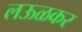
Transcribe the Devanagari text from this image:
लऊळकर